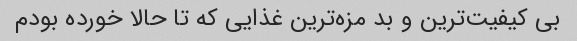
بی کیفیت‌ترین و بد مزه‌ترین غذایی که تا حالا خورده بودم